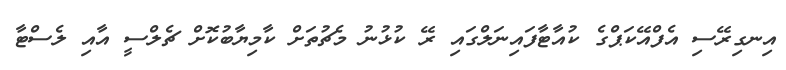
އިނގިރޭސި އެފްއޭކަޕްގެ ކުއާޓާފައިނަލްގައި ރޭ ކުޅުނު މެޗުތަށް ކާމިޔާބުކޮށް ޗެލްސީ އާއި ލެސްޓާ